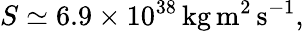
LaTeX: S\simeq 6.9\times 10^{38}\, \mathrm{kg\, m^{2}\, s^{-1}},